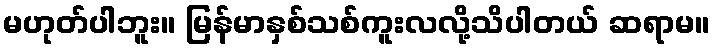
မဟုတ်ပါဘူး။ မြန်မာနှစ်သစ်ကူးလလို့သိပါတယ် ဆရာမ။